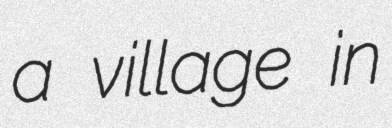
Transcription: a village in